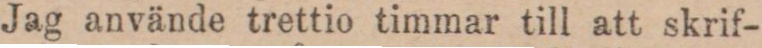
Jag använde trettio timmar till att skrif-